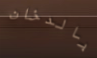
بالدخان